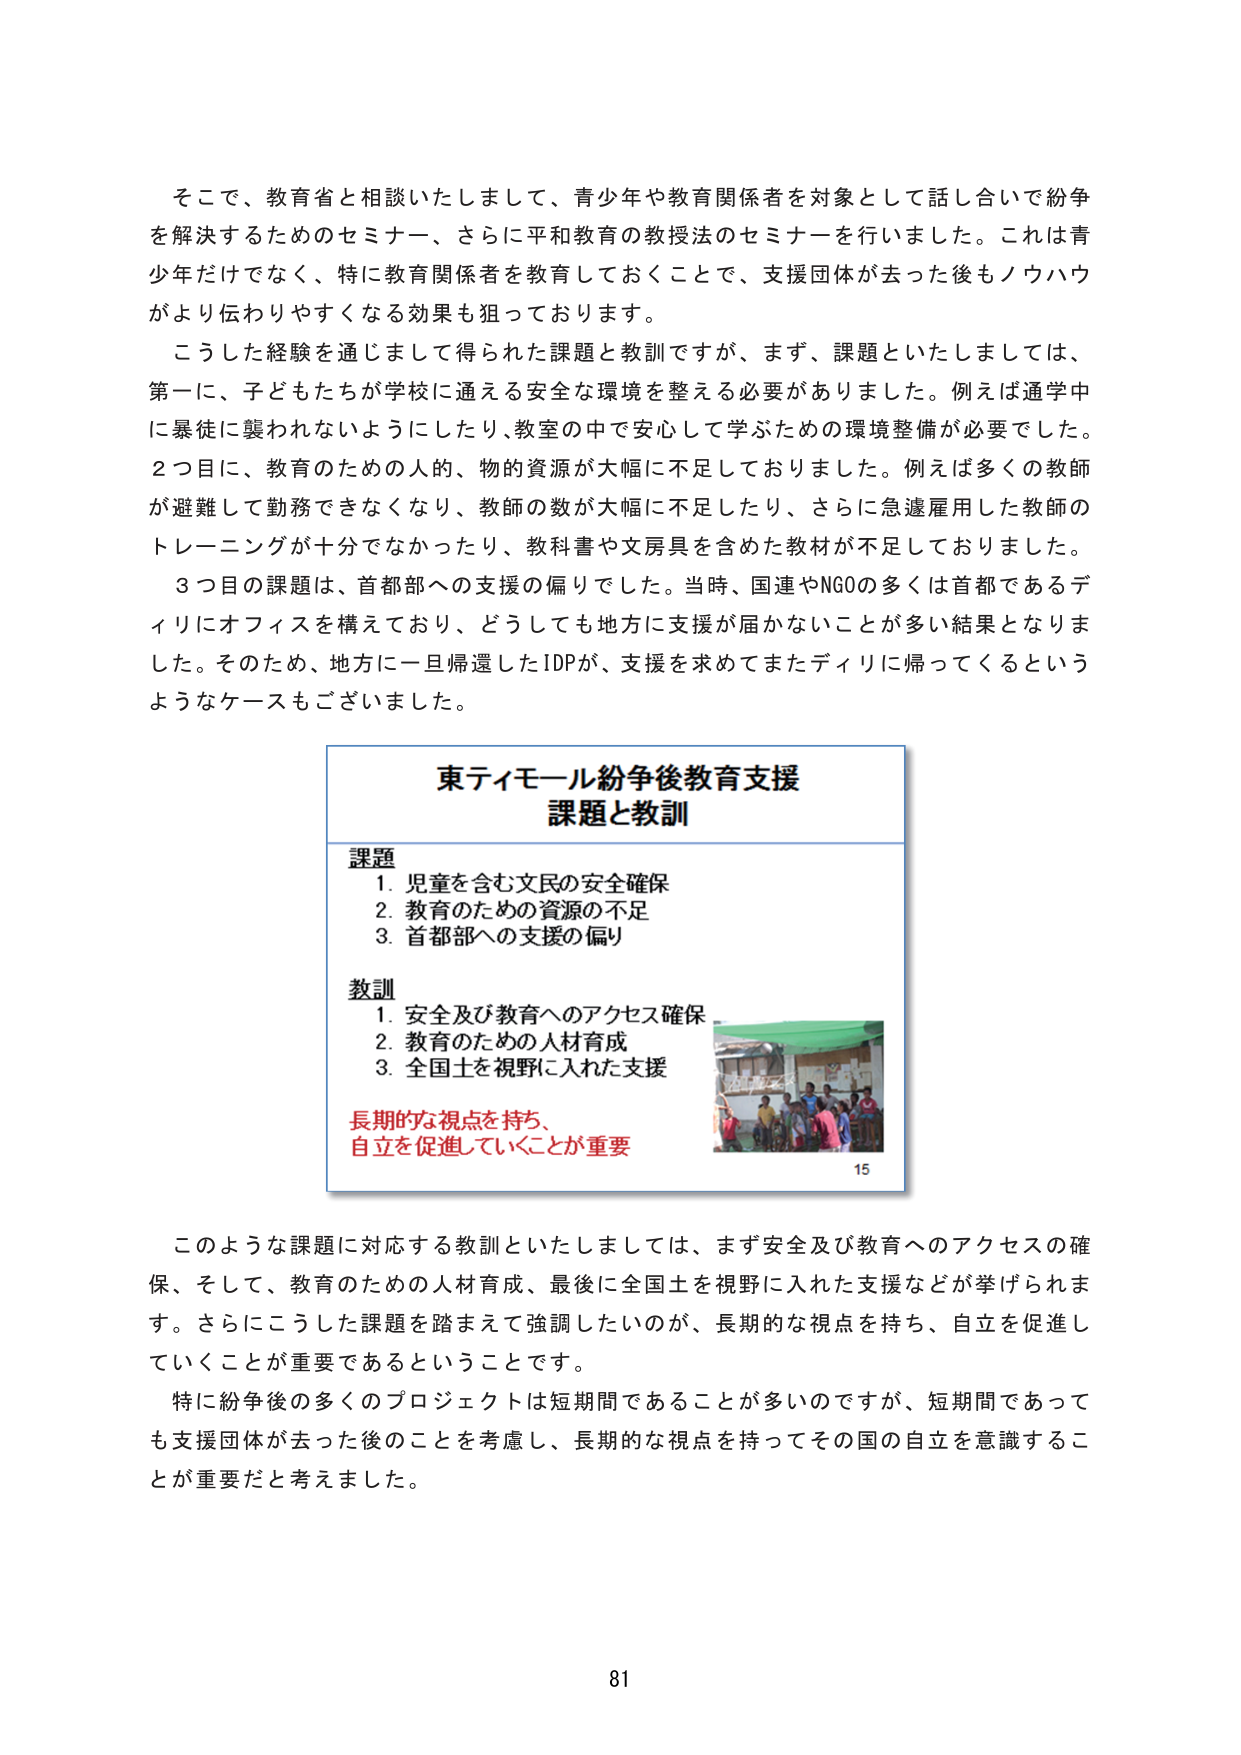
そこで、教育省と相談いたしまして、青少年や教育関係者を対象として話し合いで紛争を解決するためのセミナー、さらに平和教育の教授法のセミナーを行いました。これは青少年だけではなく、特に教育関係者を教育しておくことで、支援団体が去った後もノウハウがより伝わりやすくなる効果も狙っております。

こうした経験を通じまして得られた課題と教訓ですが、まず、課題といたしましては、第一に、子どもたちが学校に通える安全な環境を整える必要がありました。例えば通学中に暴徒に襲われないようにしたり、教室の中で安心して学ぶための環境整備が必要でした。2つ目に、教育のための人的、物的資源が大幅に不足しておりました。例えば多くの教師が避難して勤務できなくなり、教師の数が大幅に不足したり、さらに急遽雇用した教師のトレーニングが十分でなかったり、教科書や文房具を含めた教材が不足しておりました。

3つ目の課題は、首都部への支援の偏りでした。当時、国連やNGOの多くは首都であるディリにオフィスを構えており、どうしても地方に支援が届かないことが多く結果となりました。そのため、地方に一旦帰還したIDPが、支援を求めてまたディリに帰ってくるというようなケースもございました。

東ティモール紛争後教育支援
課題と教訓

課題
1. 児童を含む文民の安全確保
2. 教育のための資源の不足
3. 首都部への支援の偏り

教訓
1. 安全及び教育へのアクセス確保
2. 教育のための人材育成
3. 全国土を視野に入れた支援

長期的な視点を持ち、
自立を促進していくことが重要

15

このような課題に対応する教訓といたしましては、まず安全及び教育へのアクセスの確保、そして、教育のための人材育成、最後に全国土を視野に入れた支援などが挙げられます。さらにこうした課題を踏まえて強調したいのが、長期的な視点を持ち、自立を促進していくことが重要であるということです。

特に紛争後の多くのプロジェクトは短期間であることが多いのですが、短期間であっても支援団体が去った後のことを考えし、長期的な視点を持ってその国の自立を意識することが重要だと考えました。

81